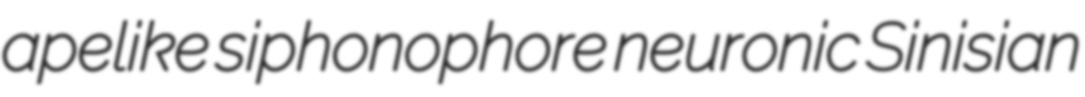
apelike siphonophore neuronic Sinisian